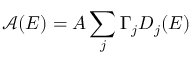
\mathcal { A } ( E ) = A \sum _ { j } \Gamma _ { j } D _ { j } ( E )